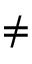
\neq